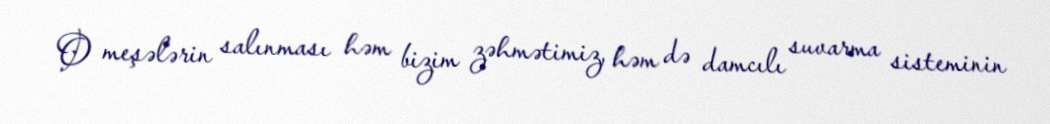
O meşələrin salınması həm bizim zəhmətimiz, həm də damcılı suvarma sisteminin